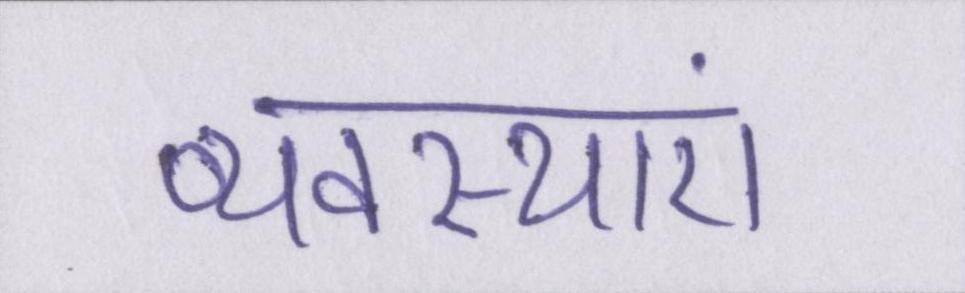
व्यवस्थाएं